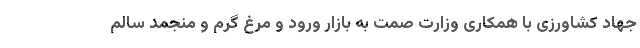
جهاد کشاورزی با همکاری وزارت صمت به بازار ورود و مرغ گرم و منجمد سالم